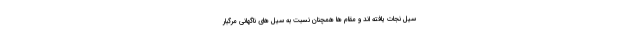
سیل نجات یافته اند و مقام ها همچنان نسبت به سیل های ناگهانی مرگبار